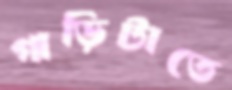
গাড়িটাতে